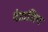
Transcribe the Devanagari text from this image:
दंडाधिप